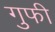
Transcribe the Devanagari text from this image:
गुफी